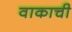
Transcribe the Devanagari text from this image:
वाकाची